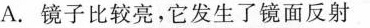
A.镜子比较亮，它发生了镜面反射